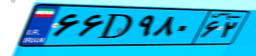
۶۶D۹۸۰۶۲